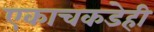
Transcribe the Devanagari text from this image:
एकाचकडेही